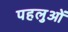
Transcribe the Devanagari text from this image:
पहलुआें